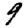
Digit: 9